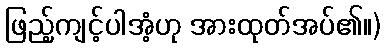
ဖြည့်ကျင့်ပါအံ့ဟု အားထုတ်အပ်၏။)